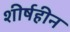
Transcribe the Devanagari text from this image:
शीर्षहीन